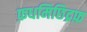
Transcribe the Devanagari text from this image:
फ़धमिछिद्रफ़